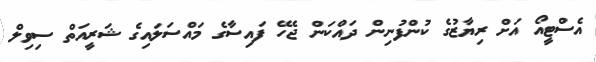
އެސްޓީއޯ އަށް ރިޔާޒުގެ ކުންފުނިން ދައްކަން ޖެހޭ ފައިސާގެ މައްސަލައިގެ ޝަރީއަތް ސިވިލް